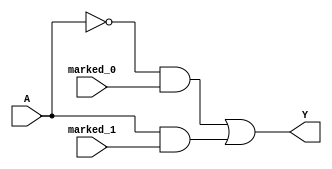
module single_variable_kmap (
    input wire A,            // Single binary input
    input wire marked_0,    // Mark for K-map cell when A = 0
    input wire marked_1,    // Mark for K-map cell when A = 1
    output wire Y           // Output of the logic function
);

// Determine output based on K-map markings
assign Y = (A == 1'b0 && marked_0) || (A == 1'b1 && marked_1);

endmodule